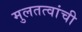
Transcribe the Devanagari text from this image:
मुलतत्वांची